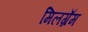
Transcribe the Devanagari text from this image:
मिलग्रॅम